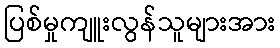
ပြစ်မှုကျူးလွန်သူများအား